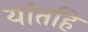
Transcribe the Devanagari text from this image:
यांतहि